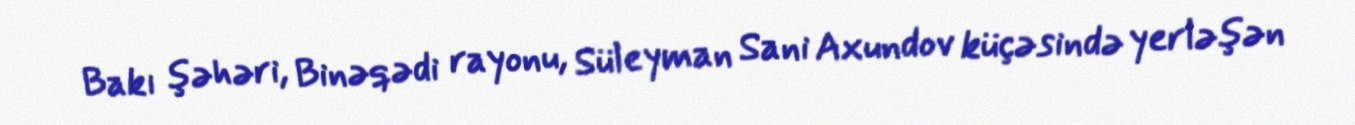
Bakı şəhəri, Binəqədi rayonu, Süleyman Sani Axundov küçəsində yerləşən